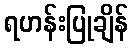
ရဟန်းပြုချိန်